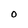
Character: 0